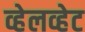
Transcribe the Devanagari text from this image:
व्हेलव्हेट